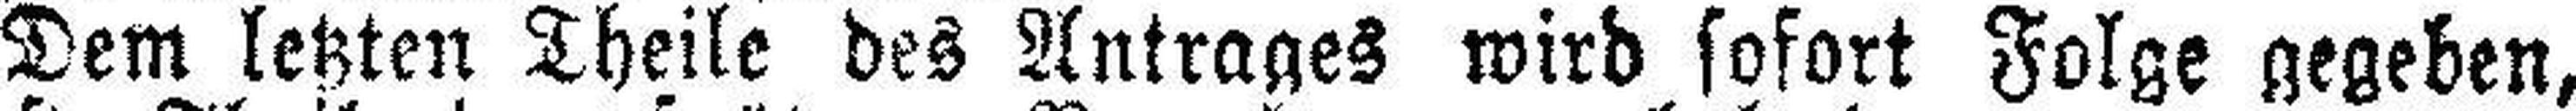
Dem letzten Theile des Antrages wird sofort Folge gegeben,